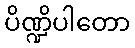
ပိဏ္ဍိပါတော